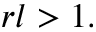
r l > 1 .